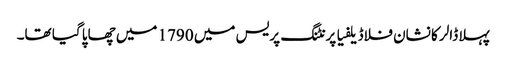
پہلا ڈالر کا نشان فلاڈیلفیا پرنٹنگ پریس میں 1790 میں چھاپا گیا تھا۔